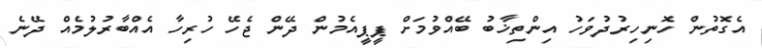
އެގޮތުން ހޮނިހިރުދުވަހު އިންތިޚާބު ބޭއްވުމަށް ޕީޕީއެމުން ދޭން ޖެހޭ ހުރިހާ އެއްބާރުލުމެއް ދޭނެ